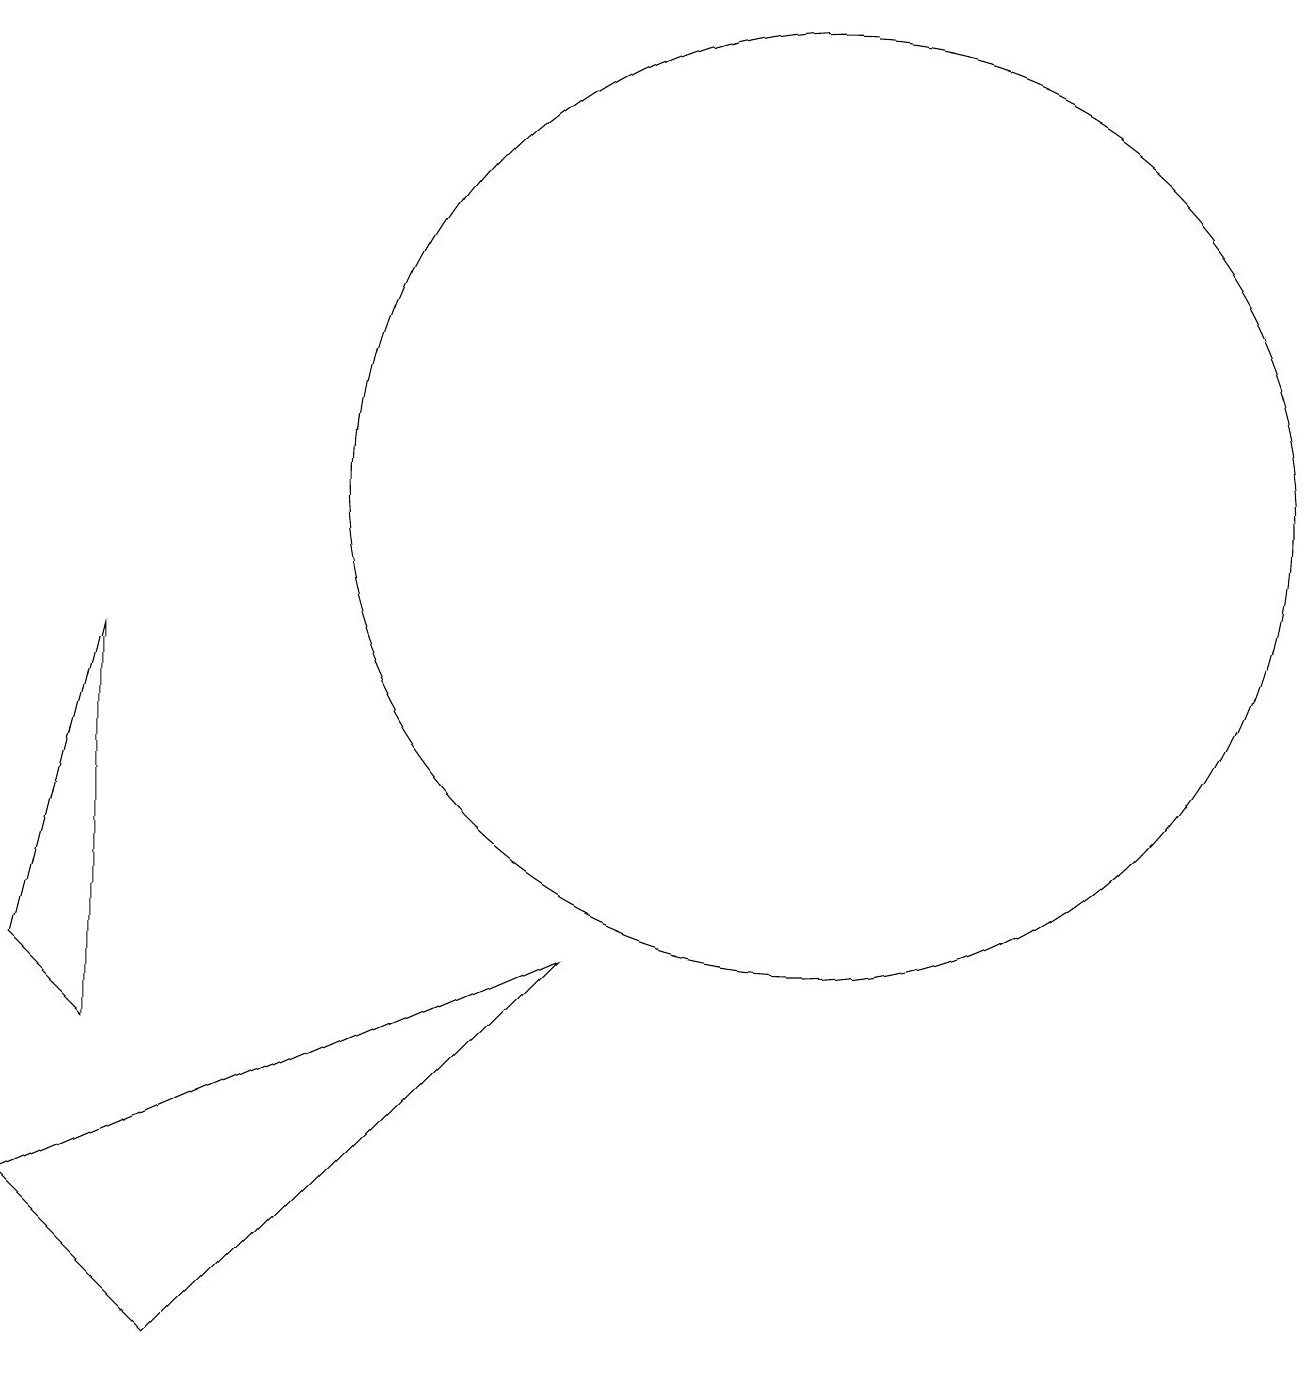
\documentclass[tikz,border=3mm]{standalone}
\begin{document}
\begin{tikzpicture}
\draw (10,11) circle (6);
\draw (1,4) -- (0,5) -- (1,9) -- cycle;
\draw (0,2) -- (2,0) -- (7,5) -- cycle;
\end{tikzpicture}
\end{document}